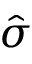
\hat { \sigma }